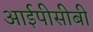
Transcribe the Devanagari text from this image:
आईपीसीबी